Report on vaccination in Madras 1877-1894 - 1877-1894
Year: 1877
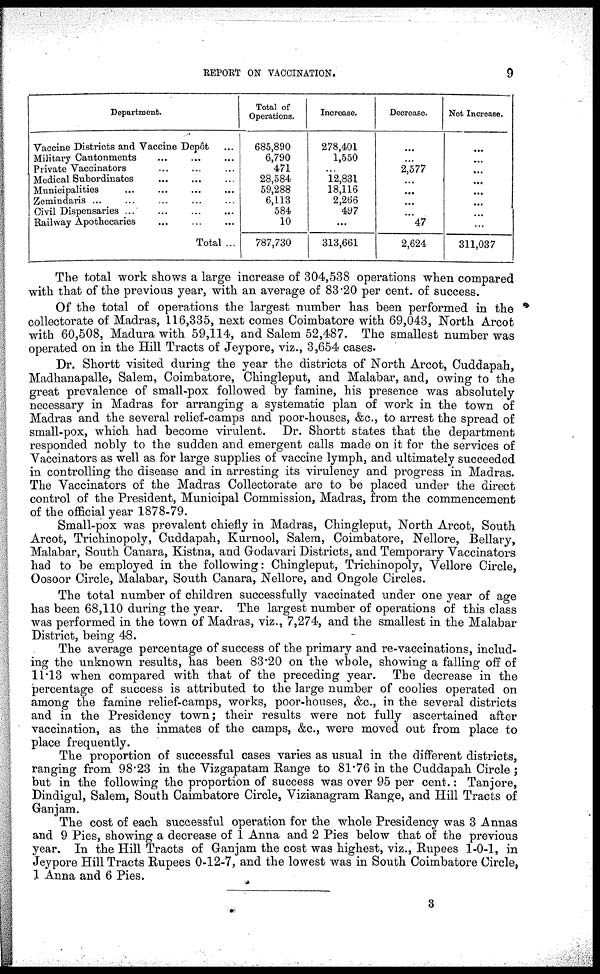
REPORT ON VACCINATION.
9
Department.
Vaccine Districts and Vaccine Depôt ...
Military Cantonments ... ... ...
Private Vaccinators ... ... ...
Medical Subordinates
...
...
...
Municipalities ... ... ... ...
Zemindaris ... ... ... ... ...
Civil Dispensaries ... ... ... ...
Railway Apothecaries ... ... ...
Total ...
Total of
Operations.
685,890
6,790
471
28,584
59,288
6,113
584
10
787,730
Increase.
278,401
1,550
...
12,831
18,116
2,266
497
...
313,661
Decrease.
...
...
2,577
...
...
...
...
47
2,624
Net Increase.
...
...
...
...
...
...
...
...
311,037
The total work shows a large increase of 304,538 operations when compared
with that of the previous year, with an average of 83.20 per cent. of success.
Of the total of operations the largest number has been performed in the
collectorate of Madras, 116,335, next comes Coimbatore with 69,043, North Arcot
with 60,508, Madura with 59,114, and Salem 52,487. The smallest number was
operated on in the Hill Tracts of Jeypore, viz., 3,654 cases.
Dr. Shortt visited during the year the districts of North Arcot, Cuddapah,
Madhanapalle, Salem, Coimbatore, Chingleput, and Malabar, and, owing to the
great prevalence of small-pox followed by famine, his presence was absolutely
necessary in Madras for arranging a systematic plan of work in the town of
Madras and the several relief-camps and poor-houses, &c., to arrest the spread of
small-pox, which had become virulent. Dr. Shortt states that the department
responded nobly to the sudden and emergent calls made on it for the services of
Vaccinators as well as for large supplies of vaccine lymph, and ultimately succeeded
in controlling the disease and in arresting its virulency and progress in Madras.
The Vaccinators of the Madras Collectorate are to be placed under the direct
control of the President, Municipal Commission, Madras, from the commencement
of the official year 1878-79.
Small-pox was prevalent chiefly in Madras, Chingleput, North Arcot, South
Arcot, Trichinopoly, Cuddapah, Kurnool, Salem, Coimbatore, Nellore, Bellary,
Malabar, South Canara, Kistna, and Godavari Districts, and Temporary Vaccinators
had to be employed in the following: Chingleput, Trichinopoly, Vellore Circle,
Oosoor Circle, Malabar, South Canara, Nellore, and Ongole Circles.
The total number of children successfully vaccinated under one year of age
has been 68,110 during the year. The largest number of operations of this class
was performed in the town of Madras, viz., 7,274, and the smallest in the Malabar
District, being 48.
The average percentage of success of the primary and re-vaccinations, includ-
ing the unknown results, has been 83.20 on the whole, showing a falling off of
11.13 when compared with that of the preceding year. The decrease in the
percentage of success is attributed to the large number of coolies operated on
among the famine relief-camps, works, poor-houses, &c., in the several districts
and in the Presidency town; their results were not fully ascertained after
vaccination, as the inmates of the camps, &c., were moved out from place to
place frequently.
The proportion of successful cases varies as usual in the different districts,
ranging from 98.23 in the Vizgapatam Range to 81.76 in the Cuddapah Circle ;
but in the following the proportion of success was over 95 per cent.: Tanjore,
Dindigul, Salem, South Caimbatore Circle, Vizianagram Range, and Hill Tracts of
Ganjam.
The cost of each successful operation for the whole Presidency was 3 Annas
and 9 Pies, showing a decrease of 1 Anna and 2 Pies below that of the previous
year. In the Hill Tracts of Ganjam the cost was highest, viz., Rupees 1-0-1, in
Jeypore Hill Tracts Rupees 0-12-7, and the lowest was in South Coimbatore Circle,
1 Anna and 6 Pies.
3